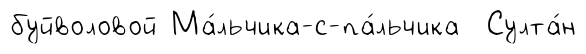
буйволовой Ма́льчика-с-па́льчика Султа́н